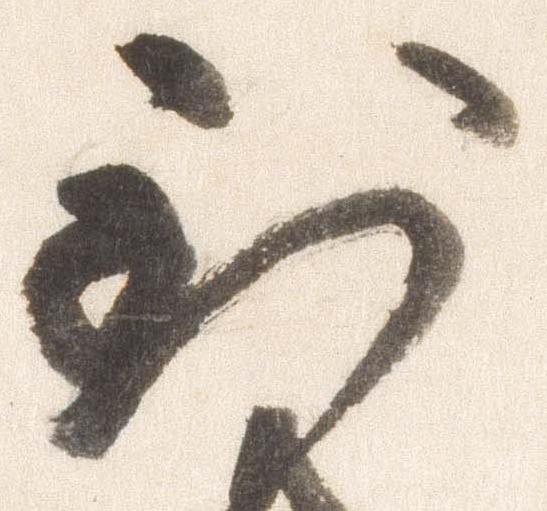
到